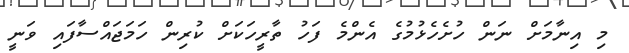
މި އިނާމަށް ނަން ހުށެހެޅުމުގެ އެންމެ ފަހު ތާރީހަކަށް ކުރިން ހަމަޖައްސާފައި ވަނީ